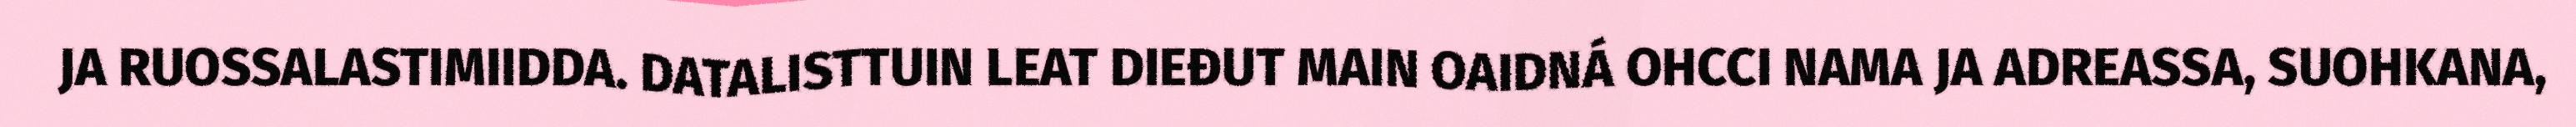
JA RUOSSALASTIMIIDDA. DATALISTTUIN LEAT DIEĐUT MAIN OAIDNÁ OHCCI NAMA JA ADREASSA, SUOHKANA,